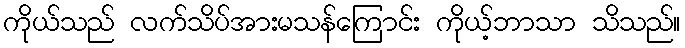
ကိုယ်သည် လက်သိပ်အားမသန်ကြောင်း ကိုယ့်ဘာသာ သိသည်။